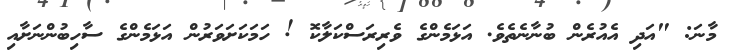
މާނަ: "އަދި އެއުރެން ބުނާނެތެވެ. އަޅަމެންގެ ވެރިރަސްކަލާކޮ ! ހަމަކަށަވަރުން އަޅަމެންގެ ސާހިބުންނަށާއި